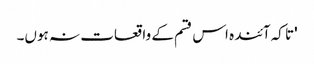
'تا کہ آئندہ اس قسم کے واقعات نہ ہوں۔